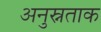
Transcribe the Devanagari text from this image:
अनुस्नताक